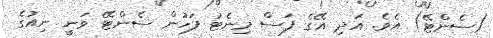
(ސެންޓޭ) އެވެ. އަދި އޭގެ ފަސް މިނެޓު ފަހުން ސެންޓޭ ވަނީ ނިއުގެ